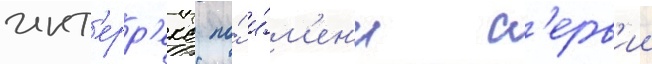
инт'ерр'екс по́ и́м'ен'и с'ерв'ии